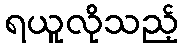
ရယူလိုသည့်